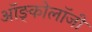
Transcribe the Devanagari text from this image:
ऑङ्कोलॉजी